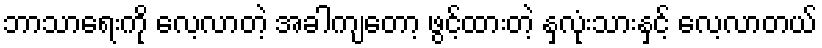
ဘာသာရေးကို လေ့လာတဲ့ အခါကျတော့ ဖွင့်ထားတဲ့ နှလုံးသားနှင့် လေ့လာတယ်